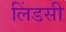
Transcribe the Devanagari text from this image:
लिंडसी